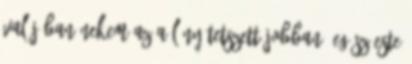
valójában nekem az a lány tetszett jobban, egész este